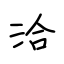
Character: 洽